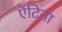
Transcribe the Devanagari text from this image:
ऐंटिना